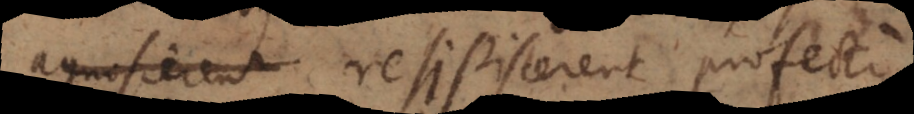
agnoscerent resipiscerent profecto